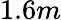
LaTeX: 1.6m